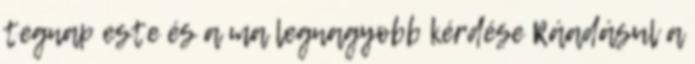
tegnap este és a ma legnagyobb kérdése Ráadásul a